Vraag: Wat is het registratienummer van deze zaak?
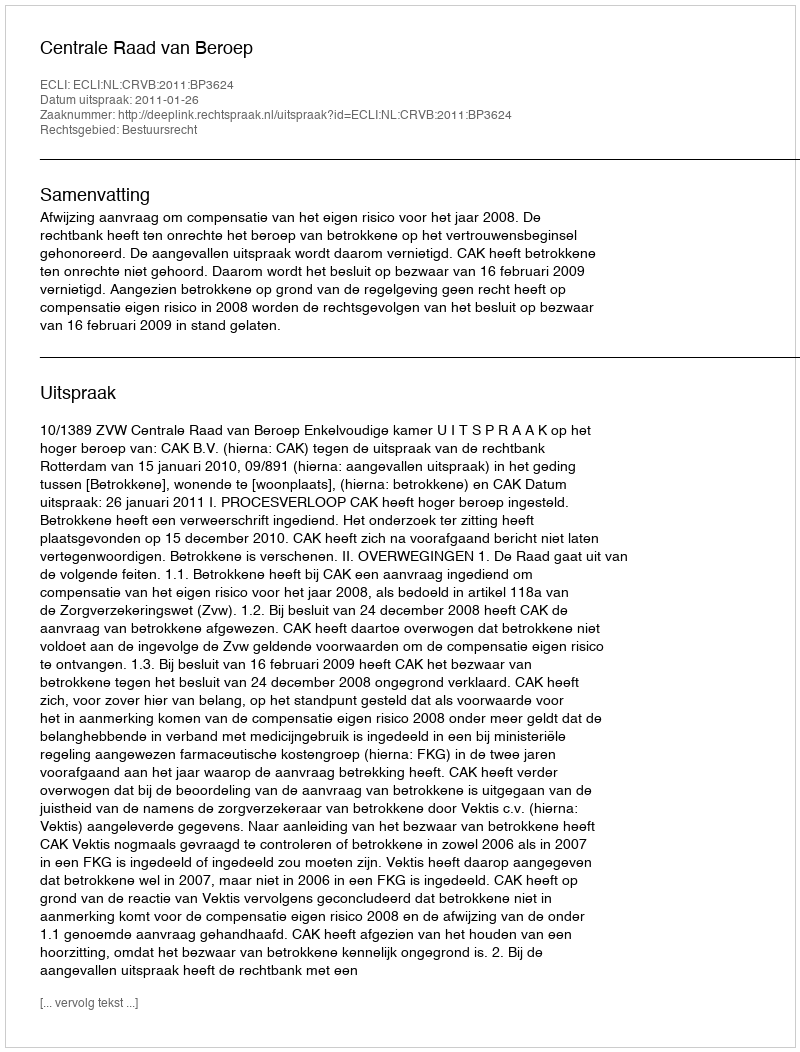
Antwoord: http://deeplink.rechtspraak.nl/uitspraak?id=ECLI:NL:CRVB:2011:BP3624